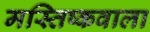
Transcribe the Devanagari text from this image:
मस्तिष्कवाला